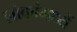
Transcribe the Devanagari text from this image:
लोकांमध्यें